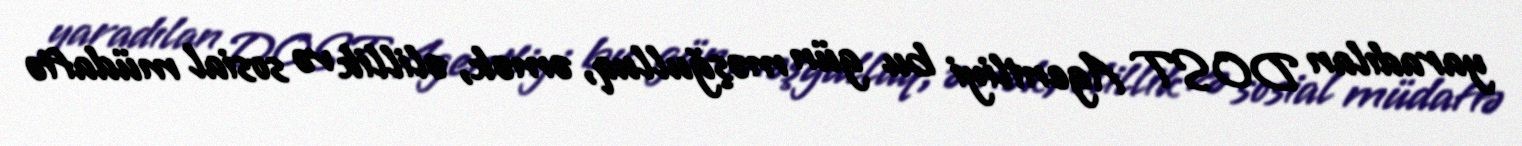
yaradılan DOST Agentliyi bu gün məşğulluq, əmək, əlillik və sosial müdafiə